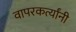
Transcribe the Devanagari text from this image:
वापरकर्त्यांनी